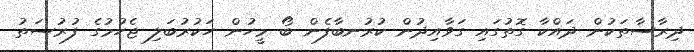
ދިރާސާތަކުން ދައްކާ ގޮތުގައި ގަވާއިދުން ކުރުނބާފެން ބޯ މީހުން ހަކުރުބަލި ޖެހުމުގެ ފުރުސަތު